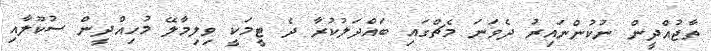
ތާޖުއްދީން ނުކުންނައިރު ދެވަނަ މެޗްގައި ބައްދަލުކުރާ ދެ ޓީމަކީ ވިލިމާލޭ މުހިއްދީން ސުކޫލާއި